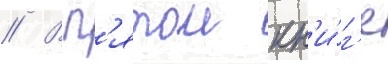
// В п'ятои кн'и́г'е